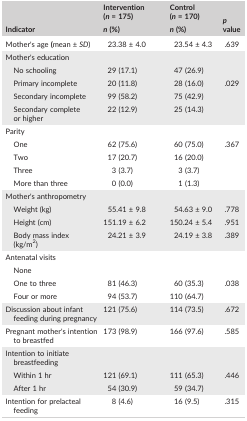
<table><thead><tr><td rowspan="2"><b>Indicator</b></td><td><b>Intervention (<i>n</i> = 175)</b></td><td><b>Control (<i>n</i> = 170)</b></td><td rowspan="2"><b><i>p</i> value</b></td></tr><tr><td><b><i>n</i> (%)</b></td><td><b><i>n</i> (%)</b></td></tr></thead><tbody><tr><td>Mother&#x27;s age <b>(</b>mean ± <i>SD</i>)</td><td>23.38 ± 4.0</td><td>23.54 ± 4.3</td><td>.639</td></tr><tr><td colspan="4">Mother&#x27;s education</td></tr><tr><td>No schooling</td><td>29 (17.1)</td><td>47 (26.9)</td><td></td></tr><tr><td>Primary incomplete</td><td>20 (11.8)</td><td>28 (16.0)</td><td>.029</td></tr><tr><td>Secondary incomplete</td><td>99 (58.2)</td><td>75 (42.9)</td><td></td></tr><tr><td>Secondary complete or higher</td><td>22 (12.9)</td><td>25 (14.3)</td><td></td></tr><tr><td colspan="4">Parity</td></tr><tr><td>One</td><td>62 (75.6)</td><td>60 (75.0)</td><td>.367</td></tr><tr><td>Two</td><td>17 (20.7)</td><td>16 (20.0)</td><td></td></tr><tr><td>Three</td><td>3 (3.7)</td><td>3 (3.7)</td><td></td></tr><tr><td>More than three</td><td>0 (0.0)</td><td>1 (1.3)</td><td></td></tr><tr><td colspan="4">Mother&#x27;s anthropometry</td></tr><tr><td>Weight (kg)</td><td>55.41 ± 9.8</td><td>54.63 ± 9.0</td><td>.778</td></tr><tr><td>Height (cm)</td><td>151.19 ± 6.2</td><td>150.24 ± 5.4</td><td>.951</td></tr><tr><td>Body mass index (kg/m<sup>2</sup>)</td><td>24.21 ± 3.9</td><td>24.19 ± 3.8</td><td>.389</td></tr><tr><td colspan="4">Antenatal visits</td></tr><tr><td>None</td><td></td><td></td><td></td></tr><tr><td>One to three</td><td>81 (46.3)</td><td>60 (35.3)</td><td>.038</td></tr><tr><td>Four or more</td><td>94 (53.7)</td><td>110 (64.7)</td><td></td></tr><tr><td>Discussion about infant feeding during pregnancy</td><td>121 (75.6)</td><td>114 (73.5)</td><td>.672</td></tr><tr><td>Pregnant mother&#x27;s intention to breastfed</td><td>173 (98.9)</td><td>166 (97.6)</td><td>.585</td></tr><tr><td colspan="4">Intention to initiate breastfeeding</td></tr><tr><td>Within 1 hr</td><td>121 (69.1)</td><td>111 (65.3)</td><td>.446</td></tr><tr><td>After 1 hr</td><td>54 (30.9)</td><td>59 (34.7)</td><td></td></tr><tr><td>Intention for prelacteal feeding</td><td>8 (4.6)</td><td>16 (9.5)</td><td>.315</td></tr></tbody></table>